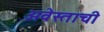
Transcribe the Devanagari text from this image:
अवेस्ताची